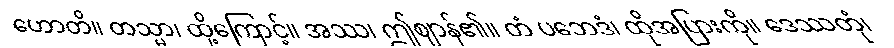
ဟောတိ။ တသ္မာ၊ ထို့ကြောင့်။ အဿ၊ ဤဈာန်၏။ တံ ပဘေဒံ၊ ထိုအပြားကို။ ဒေဿတုံ၊